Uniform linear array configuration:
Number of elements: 16
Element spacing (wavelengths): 0.5
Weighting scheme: hann
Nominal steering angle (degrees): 0
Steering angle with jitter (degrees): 0.891
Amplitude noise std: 0.05
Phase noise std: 0.05

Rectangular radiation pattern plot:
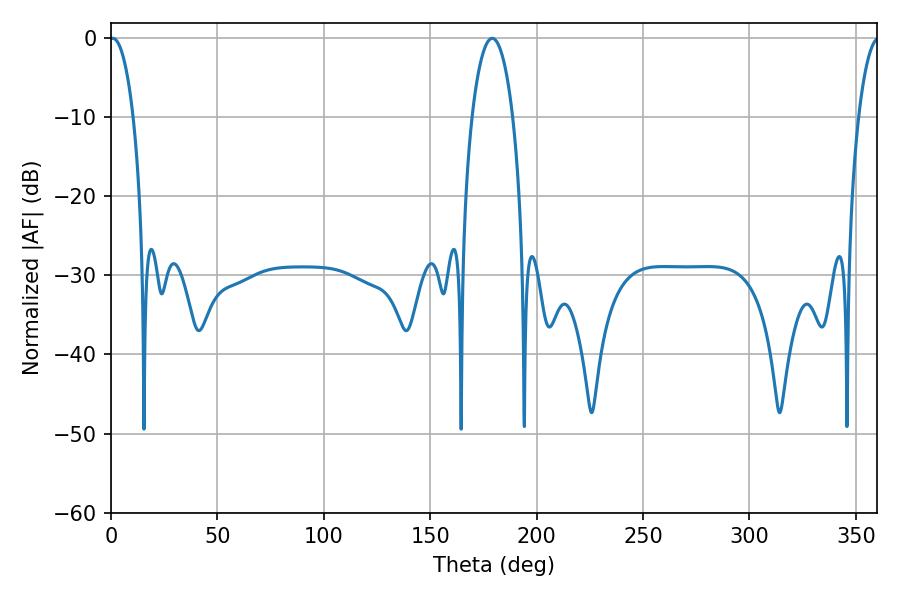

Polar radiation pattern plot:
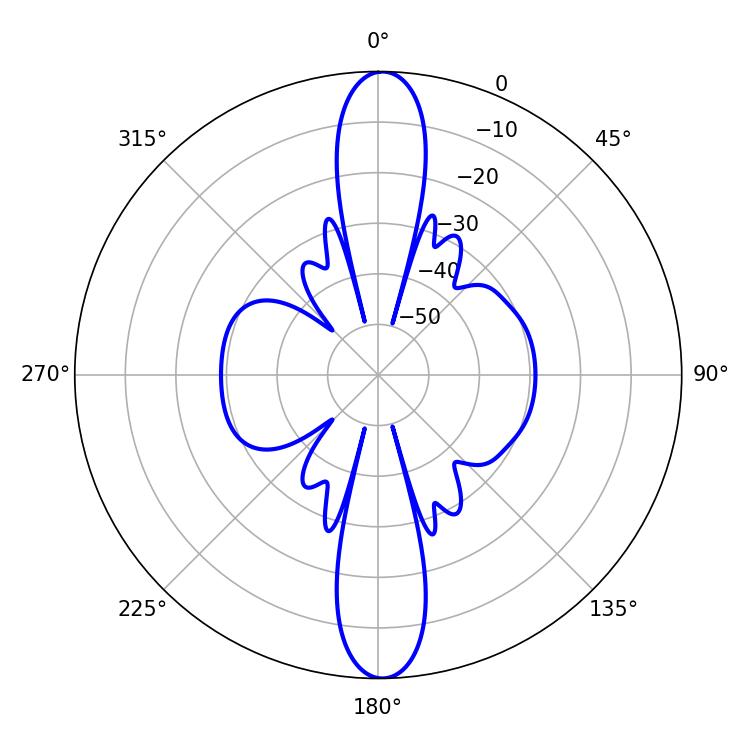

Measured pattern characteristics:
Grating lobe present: FALSE
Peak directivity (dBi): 25.166
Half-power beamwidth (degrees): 6.3
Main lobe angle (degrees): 0.9